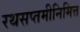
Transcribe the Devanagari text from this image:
रथसप्तमीनिमित्त